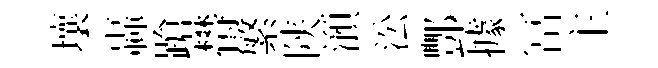
壤轟蹌欎繁陕澦㳂酆據冨主